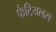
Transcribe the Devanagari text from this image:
फैटियलस